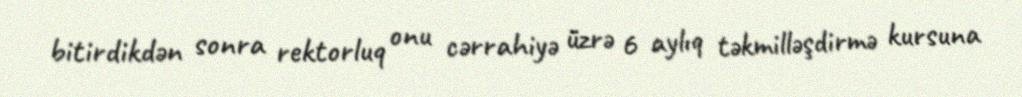
bitirdikdən sonra rektorluq onu cərrahiyə üzrə 6 aylıq təkmilləşdirmə kursuna